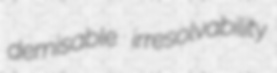
demisable irresolvability